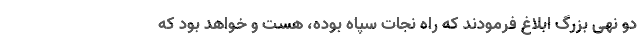
دو نهی بزرگ ابلاغ فرمودند که راه نجات سپاه بوده، هست و خواهد بود که